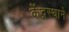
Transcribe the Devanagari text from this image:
केंद्रस्थाने